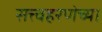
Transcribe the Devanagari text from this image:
सत्त्वहरणेच्या